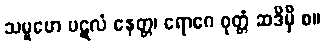
သမူဟေ ပဋလံ နေတ္တ၊ ရောဂေ ဝုတ္တံ ဆဒိမှိ စ။